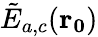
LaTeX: \tilde{E}_{a,c}(\mathbf{r_{0}})